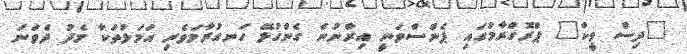
"ދިސް ވީކް" ޕްރޮގްރާމުގައި ޕެންސްވަނީ އިރާނުން ގެންގުޅޭ ހަނގުރާމަވެރި އަމަލުތަކާ މެދު ދެވަނަ